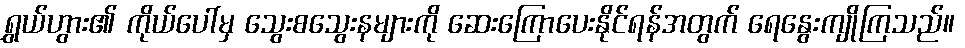
ရွှယ်ဟွား၏ ကိုယ်ပေါ်မှ သွေးစသွေးနများကို ဆေးကြောပေးနိုင်ရန်အတွက် ရေနွေးကျိုကြသည်။